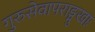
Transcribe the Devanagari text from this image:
गुरुसेवापराङ्मुखाः